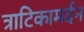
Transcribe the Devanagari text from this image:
त्राटिकामर्दन